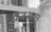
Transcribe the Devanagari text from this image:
फ्रैक्शन्स